Lunatic asylums in Bengal annual reports 1899-1911 - 1899-1911
Year: 1899
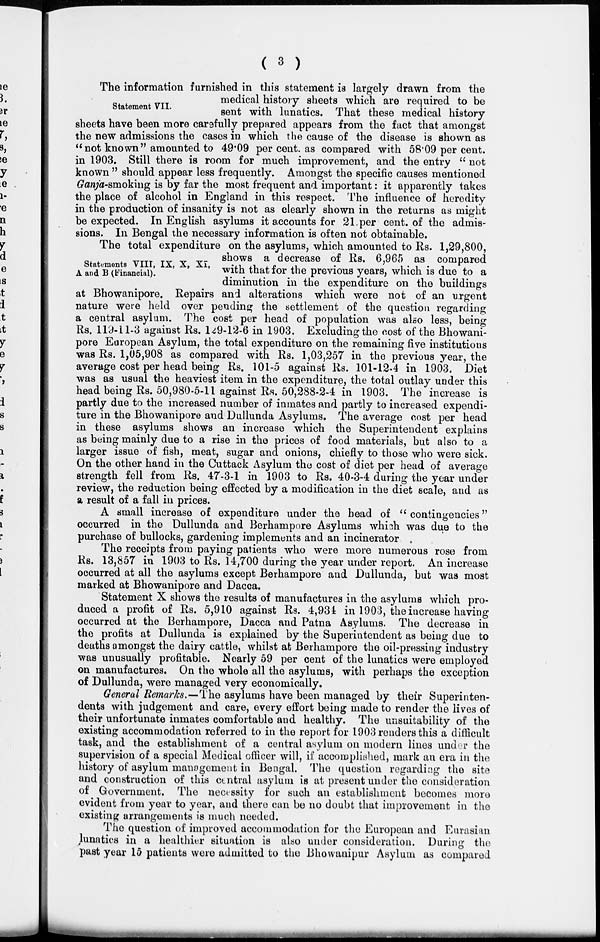
(
3)
Statement VII.
The information furnished in this statement is largely drawn from the
medical history sheets which are required to be
sent with lunatics. That these medical history
sheets have been more carefully prepared appears from the fact that amongst
the new admissions the cases in which the cause of the disease is shown as
"not known" amounted to 49.09 per cent. as compared with 58.09 per cent.
in 1903. Still there is room for much improvement, and the entry " not
known " should appear less frequently. Amongst the specific causes mentioned
Ganja-smoking is by far the most frequent and important: it apparently takes
the place of alcohol in England in this respect. The influence of heredity
in the production of insanity is not as clearly shown in the returns as might
be expected. In English asylums it accounts for 21 per cent. of the admis-
sions. In Bengal the necessary information is often not obtainable.
Statements VIII, IX, X, XI,
A and B (Financial).
The total expenditure on the asylums, which amounted to Rs. 1,29,800,
shows a decrease of Rs. 6,965 as compared
with that for the previous years, which is due to a
diminution in the expenditure on the buildings
at Bhowanipore. Repairs and alterations which were not of an urgent
nature were held over pending the settlement of the question regarding
a central asylum. The cost per head of population was also less, being
Rs. 119-11-3 against Rs. 129-12-6 in 1903. Excluding the cost of the Bhowani-
pore European Asylum, the total expenditure on the remaining five institutions
was Rs. 1,05,908 as compared with Rs. 1,03,257 in the previous year, the
average cost per head being Rs. 101-5 against Rs. 101-12-4 in 1903. Diet
was as usual the heaviest item in the expenditure, the total outlay under this
head being Rs. 50,980-5-11 against Rs. 50,288-2-4 in 1903. The increase is
partly due to the increased number of inmates and partly to increased expendi-
ture in the Bhowanipore and Dullunda Asylums. The average cost per head
in these asylums shows an increase which the Superintendent explains
as being mainly due to a rise in the prices of food materials, but also to a
larger issue of fish, meat, sugar and onions, chiefly to those who were sick.
On the other hand in the Cuttack Asylum the cost of diet per head of average
strength fell from Rs. 47-3-1 in 1903 to Rs. 40-3-4 during the year under
review, the reduction being effected by a modification in the diet scale, and as
a result of a fall in prices.
A small increase of expenditure under the head of " contingencies"
occurred in the Dullunda and Berhampore Asylums which was due to the
purchase of bullocks, gardening implements and an incinerator
The receipts from paying patients who were more numerous rose from
Rs. 13,857 in 1903 to Rs. 14,700 during the year under report. An increase
occurred at all the asylums except Berhampore and Dullunda, but was most
marked at Bhowanipore and Dacca.
Statement X shows the results of manufactures in the asylums which pro-
duced a profit of Rs. 5,910 against Rs. 4,934 in 1903, the increase having
occurred at the Berhampore, Dacca and Patna Asylums. The decrease in
the profits at Dullunda is explained by the Superintendent as being due to
deaths amongst the dairy cattle, whilst at Berhampore the oil-pressing industry
was unusually profitable. Nearly 59 per cent of the lunatics were employed
on manufactures. On the whole all the asylums, with perhaps the exception
of Dullunda, were managed very economically.
General Remarks.—The asylums have been managed by their Superinten-
dents with judgement and care, every effort being made to render the lives of
their unfortunate inmates comfortable and healthy. The unsuitability of the
existing accommodation referred to in the report for 1903 renders this a difficult
task, and the establishment of a central asylum on modern lines under the
supervision of a special Medical officer will, if accomplished, mark an era in the
history of asylum management in Bengal. The question regarding the site
and construction of this central asylum is at present under the consideration
of Government. The necessity for such an establishment becomes more
evident from year to year, and there can be no doubt that improvement in the
existing arrangements is much needed.
The question of improved accommodation for the European and Eurasian
lunatics in a healthier situation is also under consideration. During the
past year 15 patients were admitted to the Bhowanipur Asylum as compared